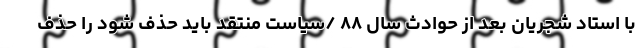
با استاد شجریان بعد از حوادث سال ۸۸ /سیاست منتقد باید حذف شود را حذف